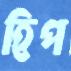
হিপ